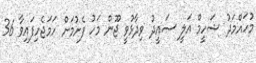
މުހައްމަދު ޝަހީމް އަލީ ސައީދު ވިދާޅުވީ ޖޫން މަހު ފެށުމަށް ހަމަޖެހިފައިވާ 36